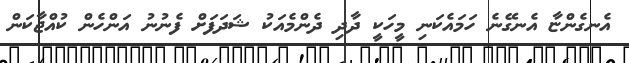
އެނގެންޏާ އެނގޭނެ ހަމައެކަނި މީހަކީ ދާދި ދެންމެއަކު ޝަދަފަށް ފެނުނު އަންހެން ކުއްޖާކަން